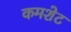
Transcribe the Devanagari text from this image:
कमशेट